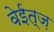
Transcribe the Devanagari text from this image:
वेईत्ज़